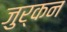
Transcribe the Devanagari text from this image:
जुर्कन